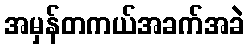
အမှန်တကယ်အခက်အခဲ